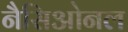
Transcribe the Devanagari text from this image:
नैसिओनल